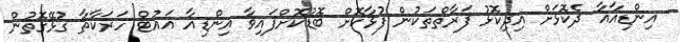
އިންޑިއާއާ ދެކޮޅަށް އިދިކޮޅު ފަރާތްތަކުން ފުޅާކޮށް ބޮޑުކޮށްފައިވާ އިންޑިއާ އައުޓް ހަރަކާތާ ގުޅޭގޮތުން